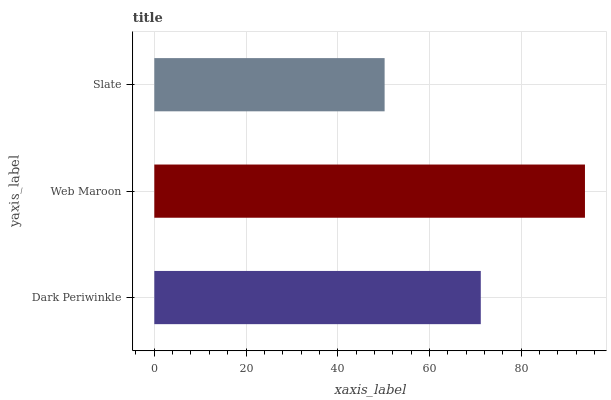
| yaxis_label | bars |
 | --- | --- |
 | Dark Periwinkle | 71.2 |
 | Web Maroon | 93.9 |
 | Slate | 50.2 |